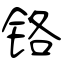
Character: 铬